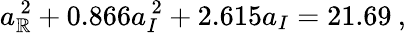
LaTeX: a_{\mathbb{R}}^{\, 2}+0.866a_{I}^{\, 2}+2.615a_{I}=21.69\: ,